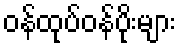
ဝန်ထုပ်ဝန်ပိုးများ